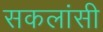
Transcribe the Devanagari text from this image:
सकलांसी